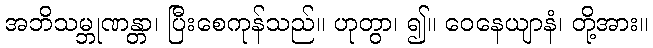
အဘိသမ္ဘုဏန္တာ၊ ပြီးစေကုန်သည်။ ဟုတွာ၊ ၍။ ဝေနေယျာနံ၊ တို့အား။